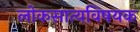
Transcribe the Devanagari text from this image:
लोकसात्यविषयक